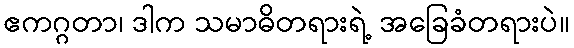
ဧကဂ္ဂတာ၊ ဒါက သမာဓိတရားရဲ့ အခြေခံတရားပဲ။